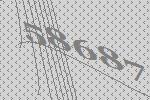
58687